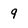
Character: 9